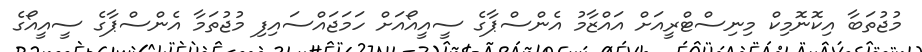
މުޖުތަބާ އިކޮނޮމިކް މިނިސްޓްރީއަށް އައްޒާމު އެންސްޕާގެ ސީއީއޯއަށް ހަމަޖައްސައިފި މުޖުތަމާ އެންސްޕާގެ ސީއީއޯގެ